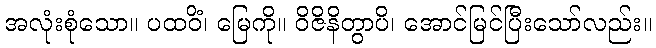
အလုံးစုံသော။ ပထဝိံ၊ မြေကို။ ဝိဇိနိတွာပိ၊ အောင်မြင်ပြီးသော်လည်း။